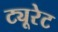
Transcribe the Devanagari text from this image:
ट्यूरेट